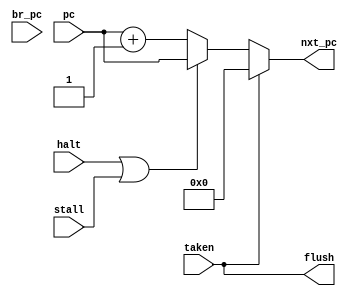
`timescale 1ns / 1ps
module PC_MUX(
		input [21:0] pc,
		input [21:0] br_pc,
		input taken,
		input halt,
		input stall,
		output [21:0] nxt_pc,
		output flush);
	
	assign nxt_pc = (taken) ? 0 : 
					(halt | stall) ? pc : pc + 1;
	assign flush = taken;
	
endmodule